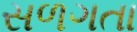
સળગતા